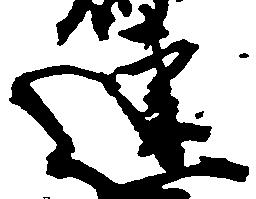
連